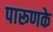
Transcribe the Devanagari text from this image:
पारूणके